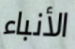
الأنباء